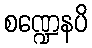
စဏ္ဍေနပိ